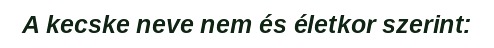
A kecske neve nem és életkor szerint: